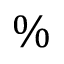
\%